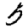
Digit: 5